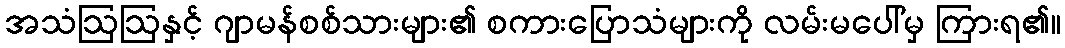
အသံဩဩနှင့် ဂျာမန်စစ်သားများ၏ စကားပြောသံများကို လမ်းမပေါ်မှ ကြားရ၏။